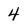
Character: 4